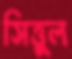
সিত্তুল